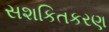
સશકિતકરણ